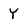
Character: y